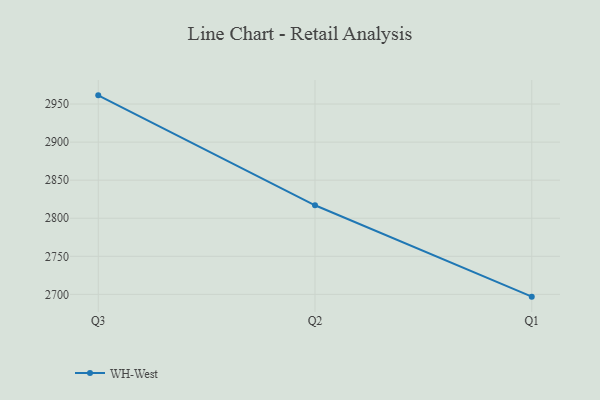
{"axis": {"x": "Quarter", "y": "Active Users"}, "legend": ["WH-West"], "data": [{"x": "Q3", "y": 2961.4, "type": "WH-West"}, {"x": "Q2", "y": 2817.0, "type": "WH-West"}, {"x": "Q1", "y": 2697.0, "type": "WH-West"}]}